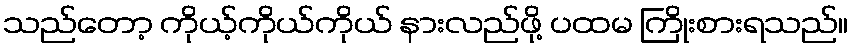
သည်တော့ ကိုယ့်ကိုယ်ကိုယ် နားလည်ဖို့ ပထမ ကြိုးစားရသည်။